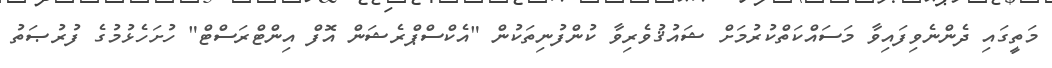
މަތީގައި ދެންނެވިފައިވާ މަސައްކަތްކުރުމަށް ޝައުޤުވެރިވާ ކުންފުނިތަކުން "އެކްސްޕްރެޝަން އޮފް އިންޓްރަސްޓް" ހުށަހެޅުމުގެ ފުރުޞަތު